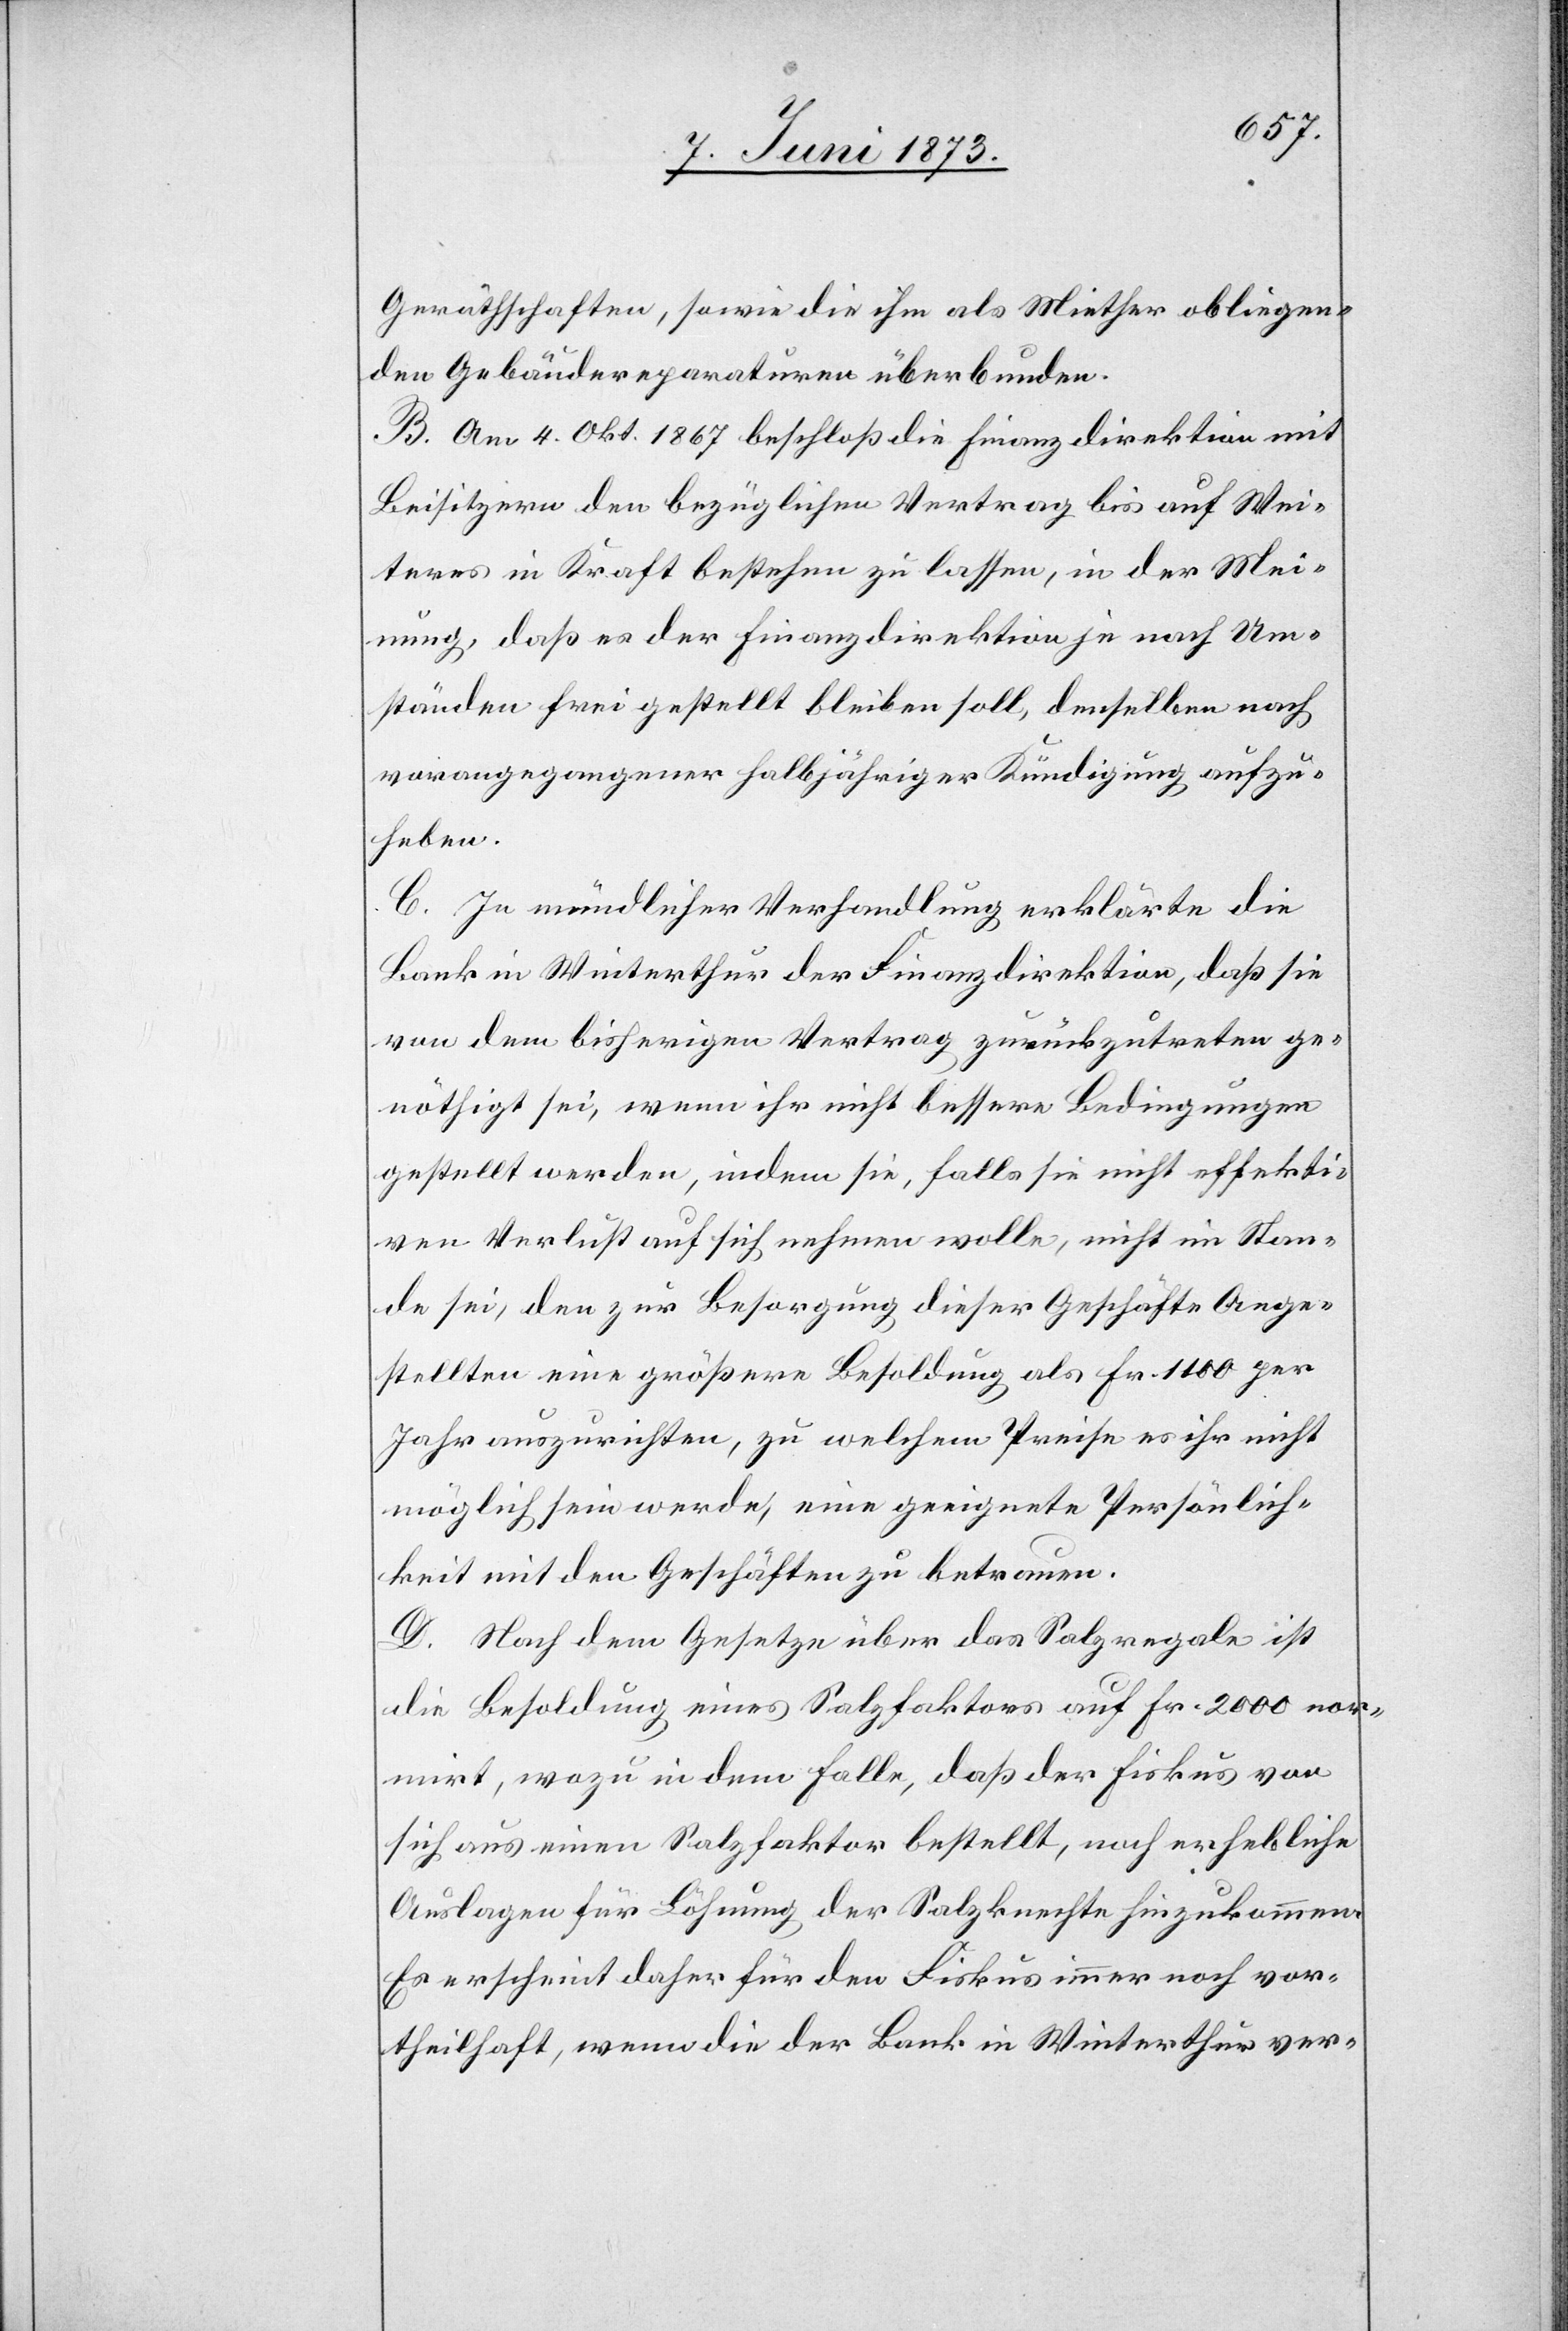
Geräthschaften, sowie die ihm als Miether obliegen¬
den Gebäudereparaturen überbunden.
B. Am 4. Okt. 1867 beschloß die Finanzdirektion mit
Beisitzern den bezüglichen Vertrag bis auf Wei¬
teres in Kraft bestehen zu lassen, in der Mei¬
nung, daß es der Finanzdirektion je nach Um¬
ständen frei gestellt bleiben soll, denselben nach
vorangegangener halbjähriger Kündigung aufzu¬
heben.
C. In mündlicher Verhandlung erklärte die
Bank in Winterthur der Finanzdirektion, daß sie
von dem bisherigen Vertrag zurückzutreten ge¬
nöthigt sei, wenn ihr nicht bessere Bedingungen
gestellt werden, indem sie, falls sie nicht effekti¬
ven Verlust auf sich nehmen wolle, nicht im Stan¬
de sei, den zur Besorgung dieser Geschäfte Ange¬
stellten eine größere Besoldung als Fr. 1 100 per
Jahr auszurichten, zu welchem Preise es ihr nicht
möglich sein werde, eine geeignete Persönlich¬
keit mit den Geschäften zu betrauen.
D. Nach dem Gesetze über das Salzregale ist
die Besoldung eines Salzfaktors auf Fr. 2 000 nor¬
mirt, wozu in dem Falle, daß der Fiskus von
sich aus einen Salzfaktor bestellt, noch erhebliche
Auslagen für Löhnung der Salzknechte hinzukommen.
Es erscheint daher für den Fiskus immer noch vor¬
theilhaft, wenn die der Bank in Winterthur ver-